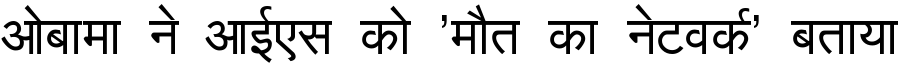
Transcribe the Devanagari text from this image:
ओबामा ने आईएस को 'मौत का नेटवर्क' बताया